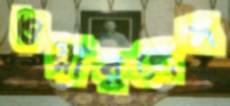
ওয়ারলেস